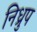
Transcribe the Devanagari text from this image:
निध्रुप